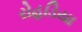
રોહડિયા